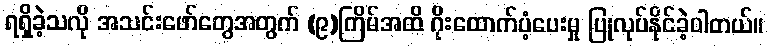
ရရှိခဲ့သလို အသင်းဖော်တွေအတွက် (၉)ကြိမ်အထိ ဂိုးထောက်ပံ့ပေးမှု ပြုလုပ်နိုင်ခဲ့ပါတယ်။